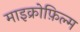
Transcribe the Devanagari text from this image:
माइक्रोफ़िल्म